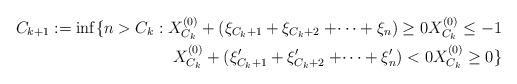
LaTeX: \begin{align*} C_{k+1} := \inf \{n > C_k: X_{C_k}^{(0)} + (\xi_{C_k + 1} + \xi_{C_k + 2} + \dotsi +\xi_{n}) \geq 0 X_{C_k}^{(0)} \leq -1 \\ X_{C_k}^{(0)} + (\xi'_{C_k + 1} + \xi'_{C_k + 2} + \dotsi + \xi'_{n}) < 0 X_{C_k}^{(0)} \geq 0 \} \end{align*}